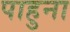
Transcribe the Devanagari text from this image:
पाहुना